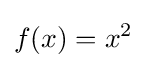
f(x)=x^{2}